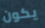
يكون